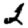
Digit: 2